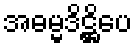
အဓမ္မဒိဋ္ဌိပေ